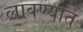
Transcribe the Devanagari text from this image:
लावण्‍यात